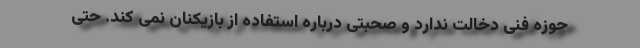
حوزه فنی دخالت ندارد و صحبتی درباره استفاده از بازیکنان نمی کند. حتی